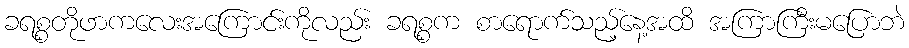
ခရစ္စတိုဖာကလေးအကြောင်းကိုလည်း ခရစ္စက စာရောက်သည့်နေ့အထိ အကြာကြီးမပြောဘဲ